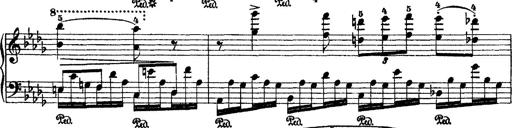
Title: 2 KonzertetÃ¼den
Composer: Franz Liszt